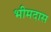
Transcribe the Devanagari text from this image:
भीमदास